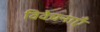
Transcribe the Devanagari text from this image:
विवेचनाएँ